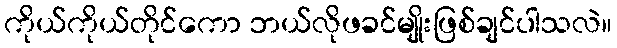
ကိုယ်ကိုယ်တိုင်ကော ဘယ်လိုဖခင်မျိုးဖြစ်ချင်ပါသလဲ။